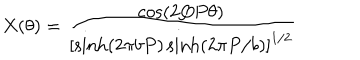
X ( \theta ) = \frac { \cos ( 2 Q P \theta ) } { \left[ \sinh ( 2 \pi b P ) \sinh ( 2 \pi P / b ) \right] ^ { 1 / 2 } }